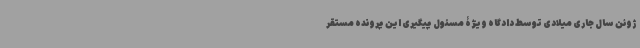
ژوئن سال جاری میلادی توسط دادگاه ویژۀ مسئول پیگیری این پرونده مستقر